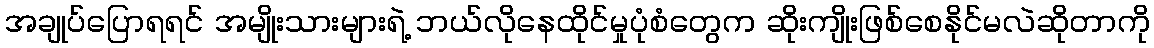
အချုပ်ပြောရရင် အမျိုးသားများရဲ့ ဘယ်လိုနေထိုင်မှုပုံစံတွေက ဆိုးကျိုးဖြစ်စေနိုင်မလဲဆိုတာကို